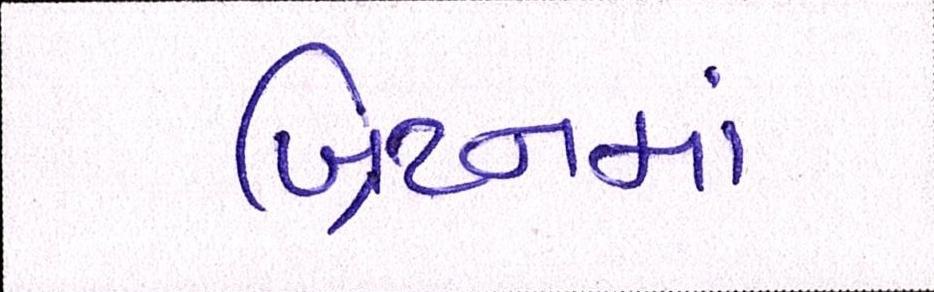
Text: બ્રિટનમાં